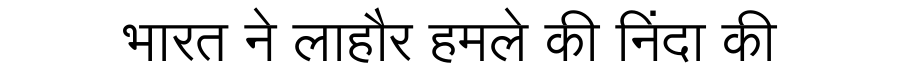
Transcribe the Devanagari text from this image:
भारत ने लाहौर हमले की निंदा की